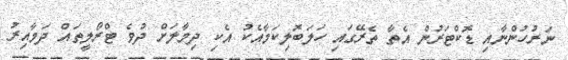
ނަރުހުންނާއި ޑޮކްޓަރުން އެތާ ތެރޭގައި ހަލަބޮލިކަމާއެކު އެކި ދިމާލަށް ދުވެ ޓްރޯލީތައް ދަމާއިރު